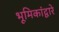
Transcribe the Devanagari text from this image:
भूमिकांद्वारे